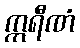
ဣရီဏံ